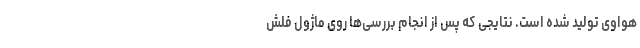
هواوی تولید شده است. نتایجی که پس از انجام بررسی‌ها روی ماژول فلش